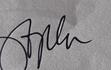
Signature authenticity: genuine